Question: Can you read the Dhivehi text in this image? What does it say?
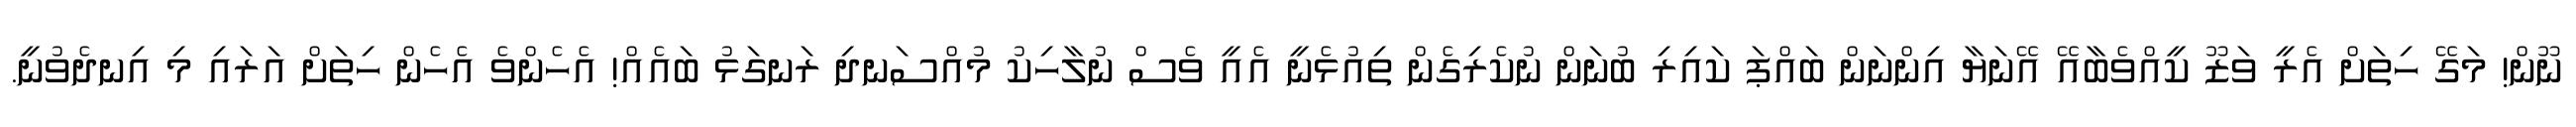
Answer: ނޫން! މަގޭ ހިތަށް އެރީ ވަޒޫ ކީއްވެބާއޭ އޭނަޔާ އިންނަން ބައްޕަ ކައިރި ބުނަން ނުކެރިގެން ތިއުޅެނީ އެއީ ވެސް ނުލާހިކު މުއްސަނދި ރަނގަޅު ބައެއް! އެހެންވެ އެހެން ހިތަށް އަރައި މި އިނދެވުނީ.